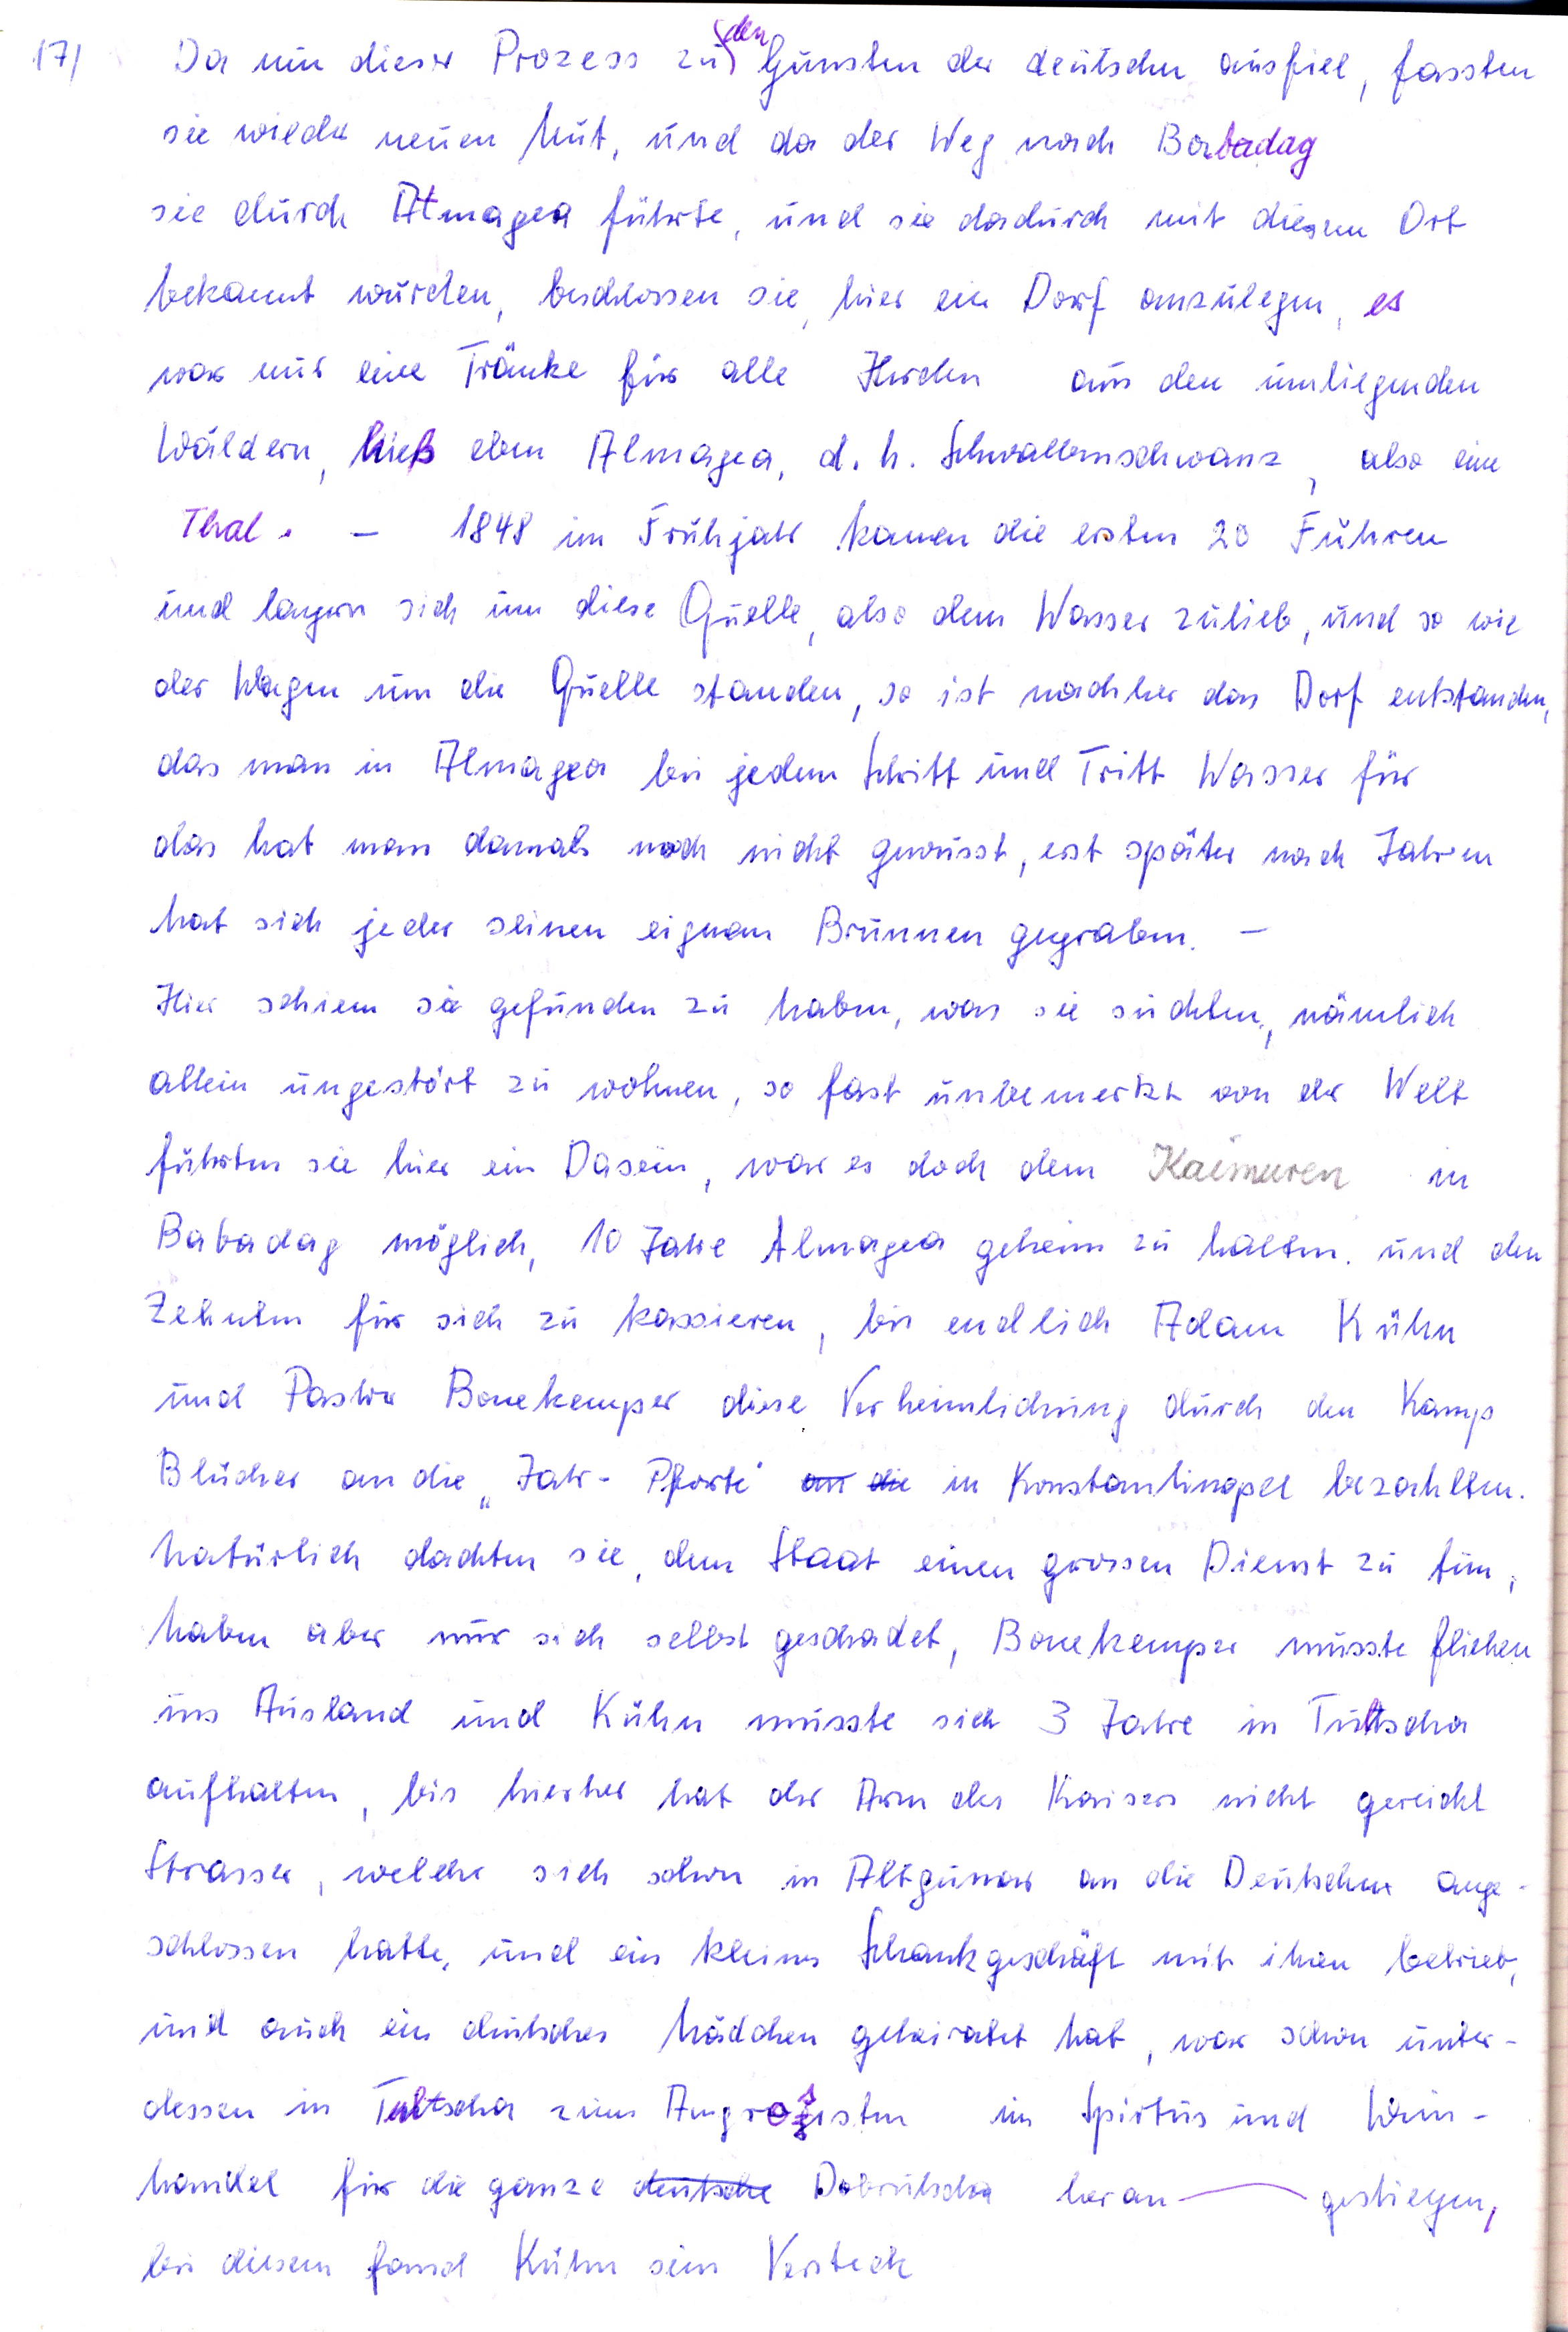
17

den
Da nun dieser Prozess zu Gunsten der deutschen ausfiel, fassten
sie wieder neuen Mut, und da der Weg nach Babadag
sie durch Atmagea führte und sie dadurch mit diesem Ort
bekannt wurden, beschlossen sie hier ein Dorf anzulegen es
war nur eine Tränke für alle Herden aus den umliegenden
Wäldern hieß eben Atmagea, d.h. Schwalbenschwanz also eine
Thal.
1848 im Frühjahr kamen die ersten 20 Fuhren
und lagern sich um diese Quelle , also dem Wasser zulieb , und so wie
der Wagen um die Quelle standen, so ist nachher das Dorf entstanden
das man in Atmagea bei jedem Schritt und Tritt Wasser für
das hat man damals noch nicht gewusst, erst später nach jahren
hat sich jeder seinen eignen Brunnen gegraben
Hier schien sie gefunden zu haben, was sie suchten, nämlich
allein ungestört zu wohnen, so fast unbemerkt von der Welt
führten Sie hier ein dasein , war es doch den Kaimuren in
Babadag möglich, 10 Jahre Atmagea geheim zu halten und den
Zehnten für sich zu kassieren , bis endlich Adam Kühn
und Pastor Bonekemper diese Verheimlichung durch den Kamp
Blücher an die  Jatr - Pforti an die in Konstantinopel bezahlten.
Natürlich dachten sie dem Staat einen grossen Dienst zu tun
haben aber nur sich selbst geschadet, Bonekemper musste fliehen
ins Ausland und Kühn musste sich 3 Jahre in Tultscha
aufhalten , bis hierher hat der Arm des Kaisers nicht gereicht.
Strasser , welcher sich schon in Altgunar an die Deutschen ange
schlossen hatte, und ein kleines Schankgeschäft mit ihnen betrieb
und auch ein deutsches Mädchen geheiratet hat , war schon unter-
dessen in Tultscha zum Agrosisten in Spiritus und Wein -
handel für die ganze deutsche Dobrutscha heran
gestiegen
bei diesem fand Kühn sein Versteck